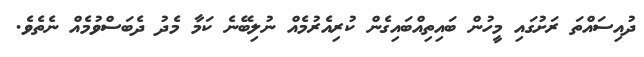
ދުއިސައްތަ ރަށުގައި މީހުން ބައިތިއްބައިގެން ކުރިއެރުމެއް ނުލިބޭނެ ކަމާ މެދު ދެބަސްވުމެއް ނެތެވެ.